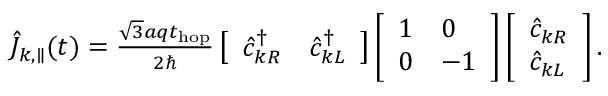
\begin{array} { r } { \hat { J } _ { k , \parallel } ( t ) = \frac { \sqrt { 3 } a q t _ { \mathrm { h o p } } } { 2 \hbar } \left[ \begin{array} { l l } { \hat { c } _ { k R } ^ { \dagger } } & { \hat { c } _ { k L } ^ { \dagger } } \end{array} \right] \left[ \begin{array} { l l } { 1 } & { 0 } \\ { 0 } & { - 1 } \end{array} \right] \left[ \begin{array} { l } { \hat { c } _ { k R } } \\ { \hat { c } _ { k L } } \end{array} \right] . } \end{array}